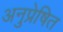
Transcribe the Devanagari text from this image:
अनुप्रेषित